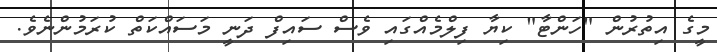
މީގެ އިތުރުން "ހަންޓާ" ކިޔާ ފިލްމެއްގައި ވެސް ސައިފް ދަނީ މަސައްކަތް ކުރަމުންނެވެ.